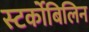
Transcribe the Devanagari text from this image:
स्‍टर्कोबिलिन